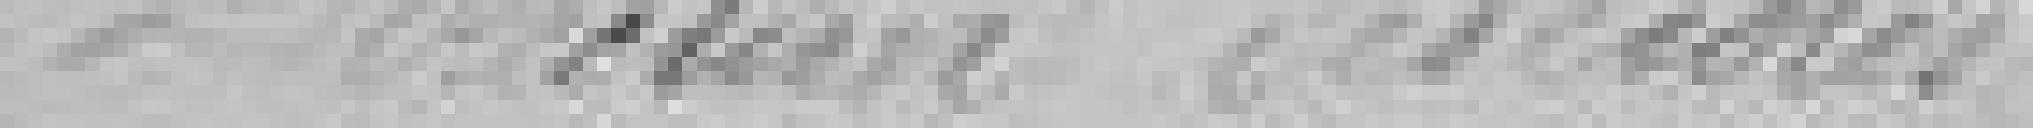
Directeur des écoles